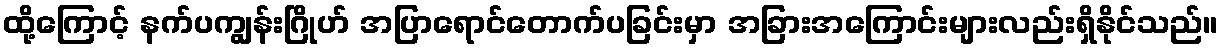
ထို့ကြောင့် နက်ပကျွန်းဂြိုဟ် အပြာရောင်တောက်ပခြင်းမှာ အခြားအကြောင်းများလည်းရှိနိုင်သည်။